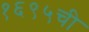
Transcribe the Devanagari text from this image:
१६९५ची